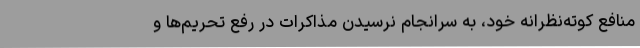
منافع کوته‌نظرانه خود، به سرانجام نرسیدن مذاکرات در رفع تحریم‌ها و